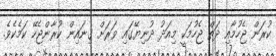
ކުރަން ޖެހުމާއި ދަތް ޖެހުމަކީ މިއަދު ދުނިޔޭގައި ވަރަށް ގިނައިން ކުރާންޖެހޭ ކަމެކެވެ.